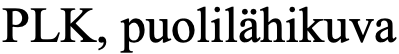
PLK, puolilähikuva